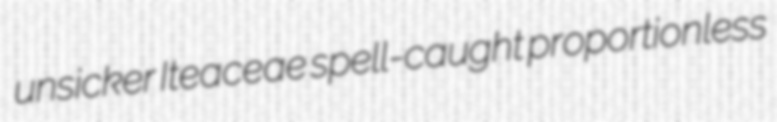
unsicker Iteaceae spell-caught proportionless